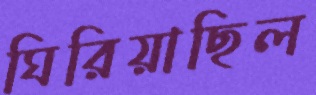
ঘিরিয়াছিল